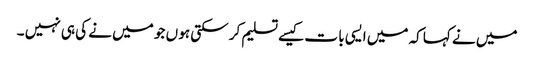
میں نے کہا کہ میں ایسی با ت کیسے تسلیم کر سکتی ہو ں جو میں نے کی ہی نہیں ۔